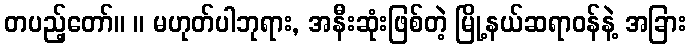
တပည့်တော်။ ။ မဟုတ်ပါဘုရား, အနီးဆုံးဖြစ်တဲ့ မြို့နယ်ဆရာဝန်နဲ့ အခြား